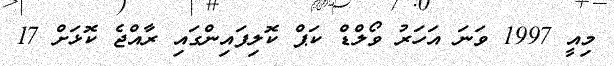
މިއީ 1997 ވަނަ އަހަރު ވޯލްޑް ކަޕް ކޮލިފައިންގައި ރާއްޖެ ކޮޅަށް 17